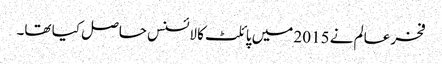
فخر عالم نے 2015 میں پائلٹ کا لائسنس حاصل کیا تھا۔